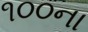
૧૦૦ના